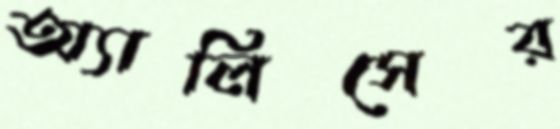
অ্যালিসের